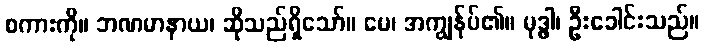
စကားကို။ ဘဏမာနာယ၊ ဆိုသည်ရှိသော်။ မေ၊ အကျွန်ုပ်၏။ မုဒ္ဓါ၊ ဦးခေါင်းသည်။